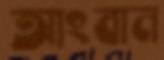
আংবান